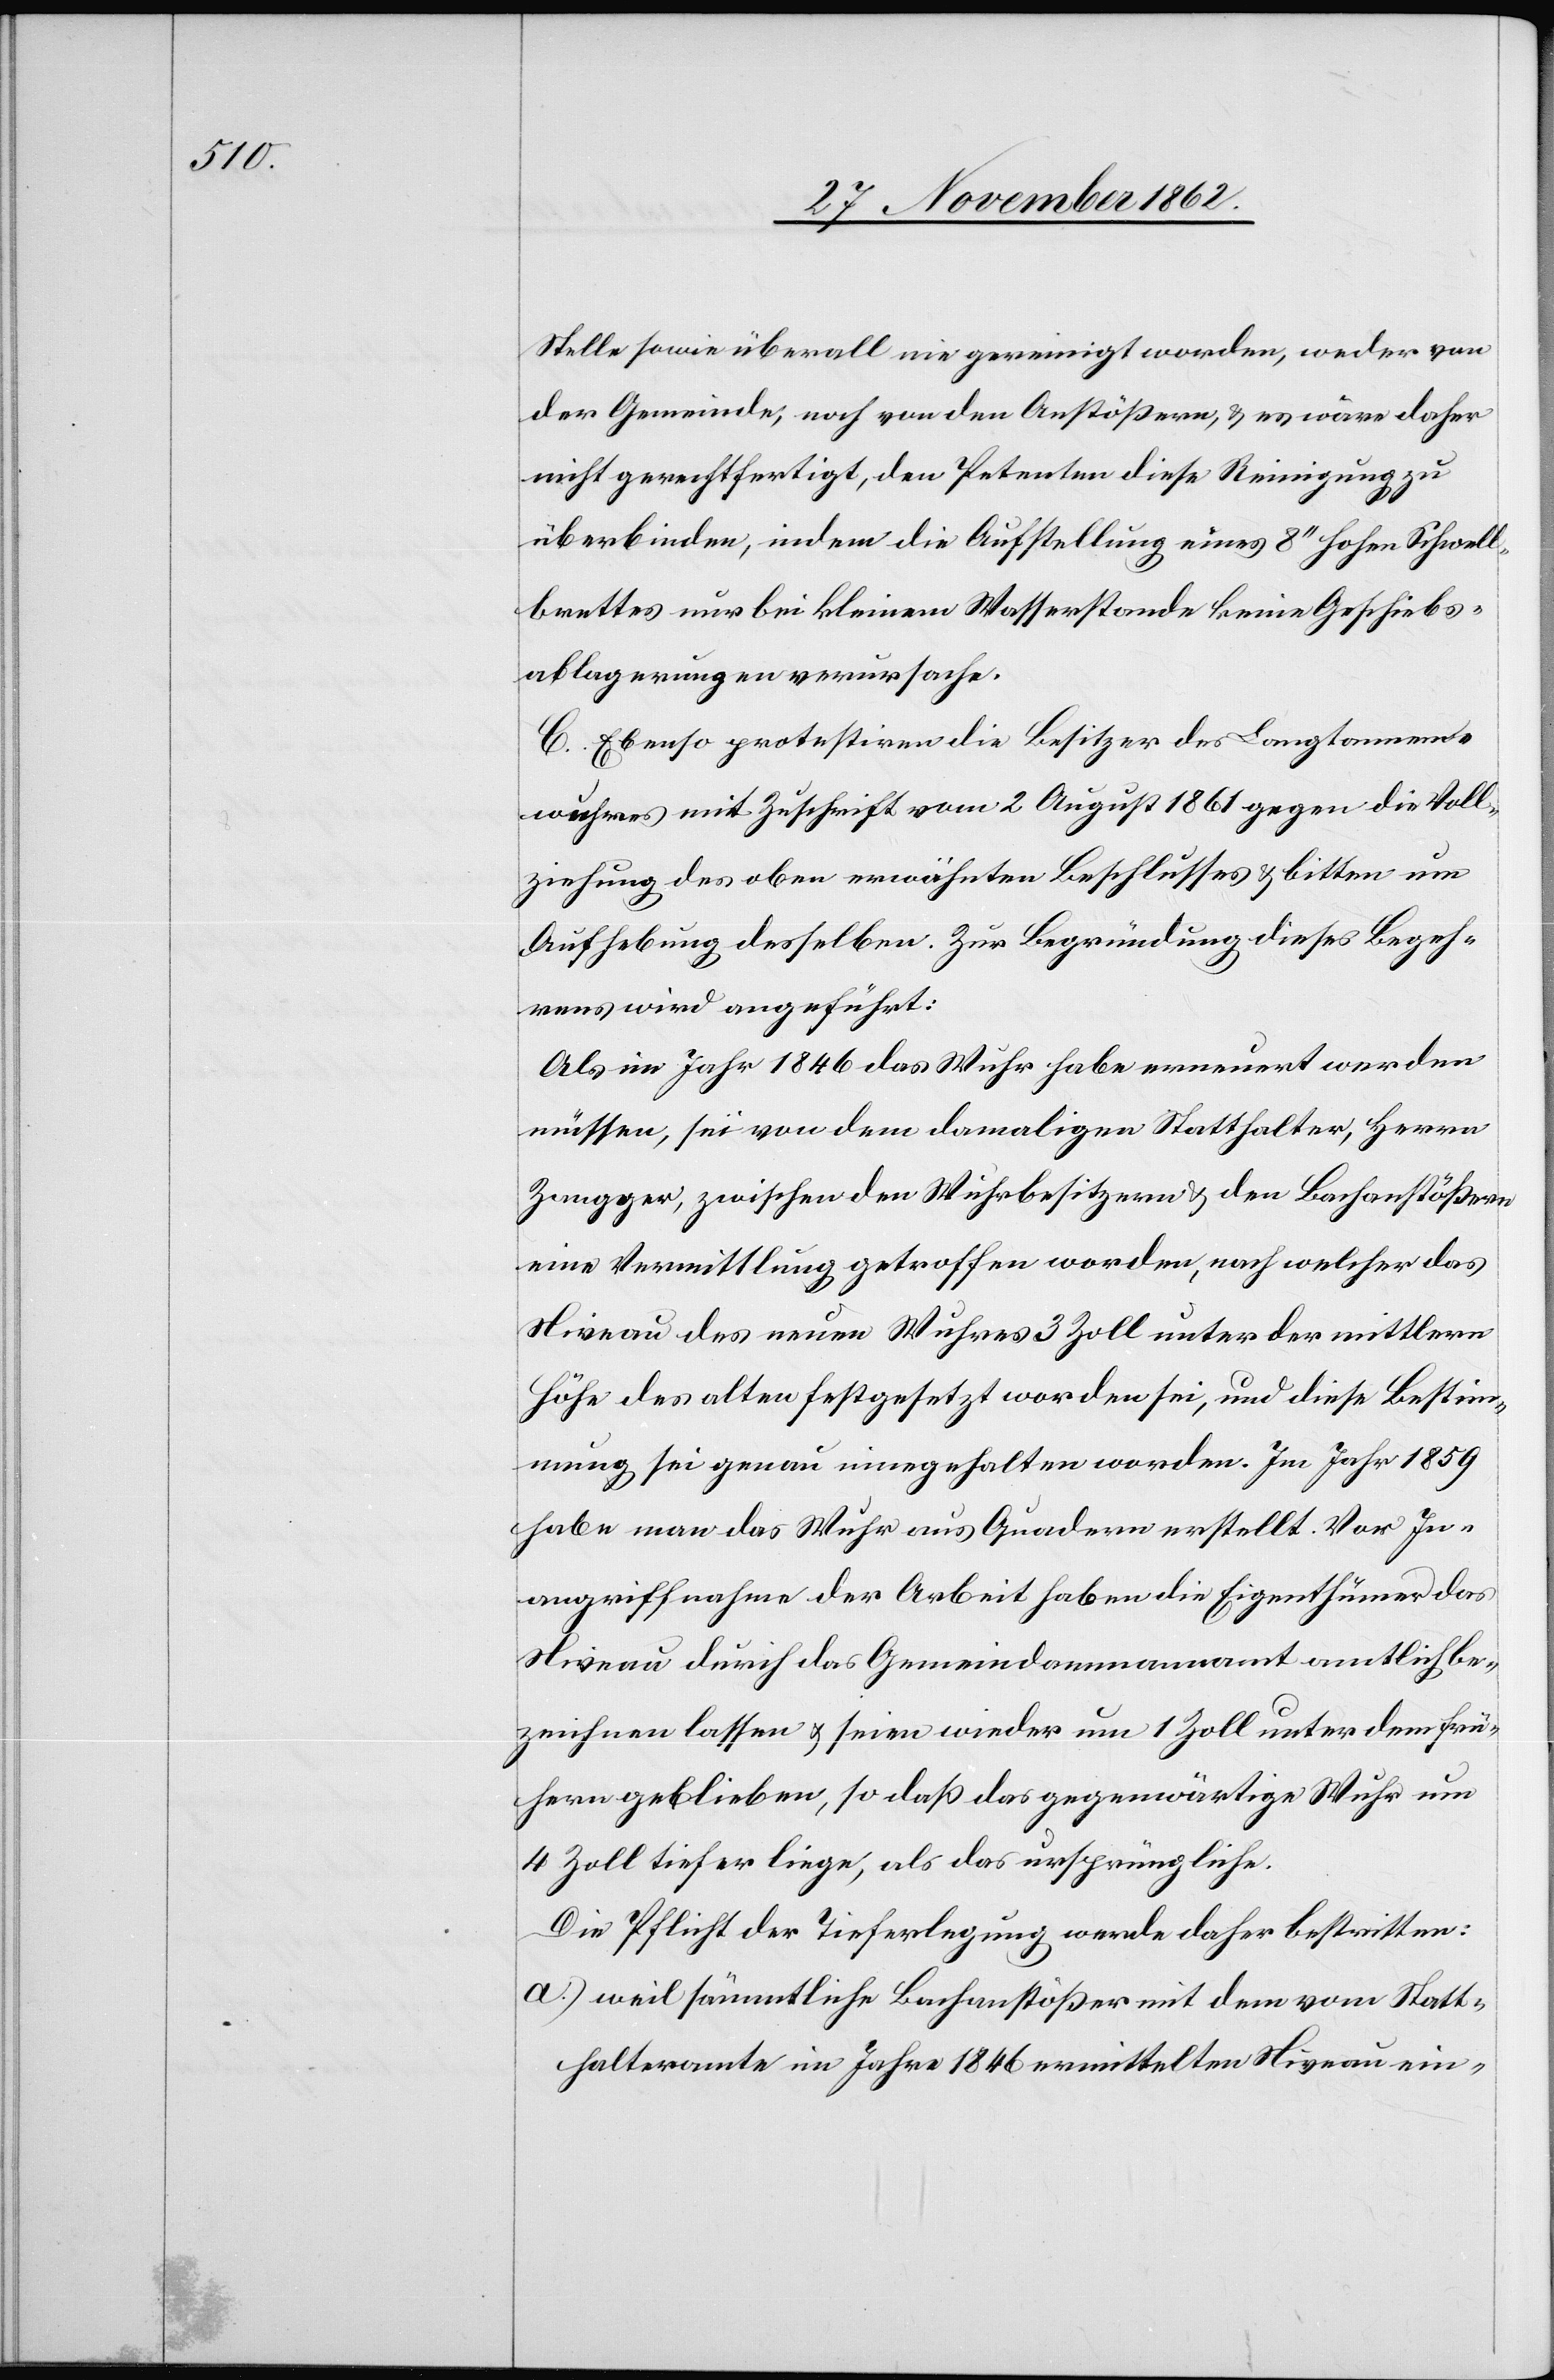
Stelle sowie überall nie gereinigt worden, weder von
der Gemeinde, noch von den Anstößern, u. es wäre daher
nicht gerechtfertigt, den Petenten diese Reinigung zu
überbinden, indem die Aufstellung eines 8’’ hohen Schwell¬
brettes nur bei kleinem Wasserstande keine Geschiebs¬
ablagerungen verursache.
C. Ebenso protestiren die Besitzer des Langtannen¬
wuhres mit Zuschrift vom 2. August 1861 gegen die Voll¬
ziehung des oben erwähnten Beschlusses u. bitten um
Aufhebung desselben. Zur Begründung dieses Begeh¬
rens wird angeführt:
Als im Jahr 1846 das Wuhr habe erneuert werden
müssen, sei von dem damaligen Statthalter, Herrn
Zangger, zwischen den Wuhrbesitzern u. den Bachanstößern
eine Vermittlung getroffen worden, nach welcher das
Niveau des neuen Wuhres 3 Zoll unter der mittlern
Höhe des alten festgesetzt worden sei, und diese Bestim¬
mung sei genau eingehalten worden. Im Jahr 1859
habe man das Wuhr aus Quadern erstellt. Vor In¬
angriffnahme der Arbeit haben die Eigenthümer das
Niveau durch das Gemeindammannamt amtlich be¬
zeichnen lassen u. seien wieder um 1 Zoll unter dem frü¬
hern geblieben, so daß das gegenwärtige Wuhr um
4 Zoll tiefer liege, als das ursprüngliche.
Die Pflicht der Tieferlegung werde daher bestritten:
a) weil sämmtliche Bachanstößer mit dem vom Statt¬
halteramte im Jahre 1846 vermittelten Niveau ein-